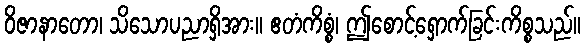
ဝိဇာနာတော၊ သိသောပညာရှိအား။ ဧတံကိစ္စံ၊ ဤစောင့်ရှောက်ခြင်းကိစ္စသည်။